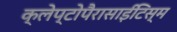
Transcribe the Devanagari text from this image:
क्लेप्टोपैरासाईटिस्म